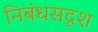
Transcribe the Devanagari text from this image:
निबंधसदृश